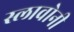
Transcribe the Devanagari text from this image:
स्लावोनी